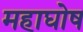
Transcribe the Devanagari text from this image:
महाघोष